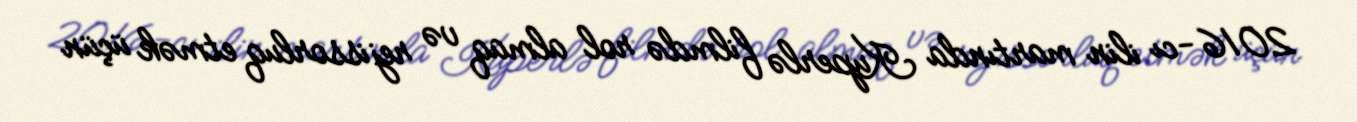
2016-cı ilin martında Kuperlə filmdə rol almaq və rejissorluq etmək üçün